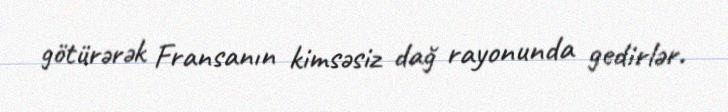
götürərək Fransanın kimsəsiz dağ rayonunda gedirlər.